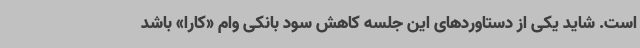
است. شاید یکی از دستاوردهای این جلسه کاهش سود بانکی وام «کارا» باشد